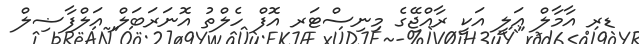
ޑރ އާމާލް ޢަލީ އަކީ ރާއްޖޭގެ މިނިސްޓަރ އޮފް ހެލްތު އޮނަރަބަލް އަލްފާޟިލް